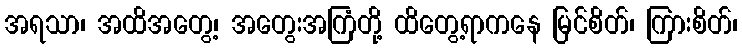
အရသာ၊ အထိအတွေ့၊ အတွေးအကြံတို့ ထိတွေ့ရာကနေ မြင်စိတ်၊ ကြားစိတ်၊